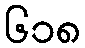
၆၁၈